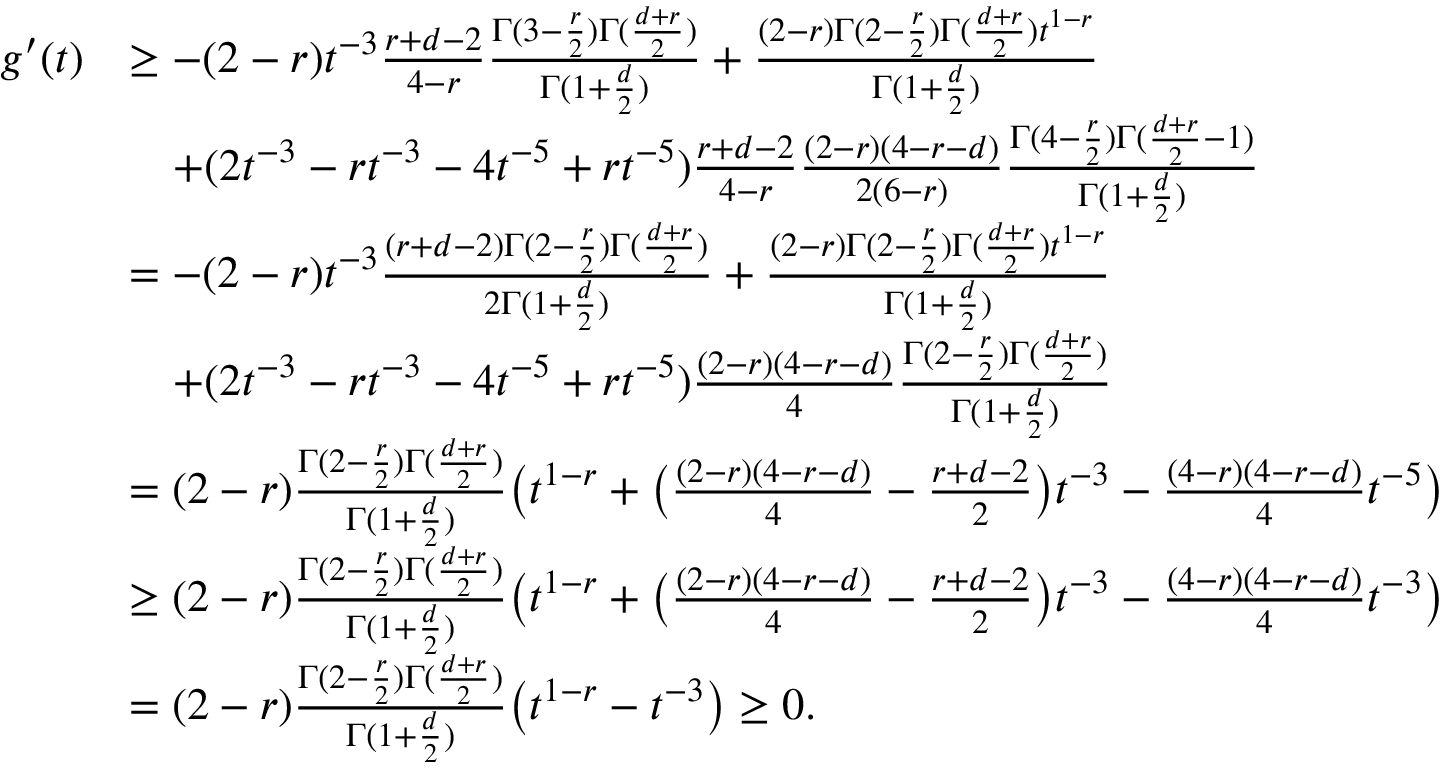
\begin{array} { r l } { g ^ { \prime } ( t ) } & { \ge - ( 2 - r ) t ^ { - 3 } \frac { r + d - 2 } { 4 - r } \frac { \Gamma ( 3 - \frac { r } { 2 } ) \Gamma ( \frac { d + r } { 2 } ) } { \Gamma ( 1 + \frac { d } { 2 } ) } + \frac { ( 2 - r ) \Gamma ( 2 - \frac { r } 2 ) \Gamma ( \frac { d + r } { 2 } ) t ^ { 1 - r } } { \Gamma ( 1 + \frac { d } { 2 } ) } } \\ & { \quad + ( 2 t ^ { - 3 } - r t ^ { - 3 } - 4 t ^ { - 5 } + r t ^ { - 5 } ) \frac { r + d - 2 } { 4 - r } \frac { ( 2 - r ) ( 4 - r - d ) } { 2 ( 6 - r ) } \frac { \Gamma ( 4 - \frac { r } { 2 } ) \Gamma ( \frac { d + r } { 2 } - 1 ) } { \Gamma ( 1 + \frac { d } { 2 } ) } } \\ & { = - ( 2 - r ) t ^ { - 3 } \frac { ( r + d - 2 ) \Gamma ( 2 - \frac { r } { 2 } ) \Gamma ( \frac { d + r } { 2 } ) } { 2 \Gamma ( 1 + \frac { d } { 2 } ) } + \frac { ( 2 - r ) \Gamma ( 2 - \frac { r } 2 ) \Gamma ( \frac { d + r } { 2 } ) t ^ { 1 - r } } { \Gamma ( 1 + \frac { d } { 2 } ) } } \\ & { \quad + ( 2 t ^ { - 3 } - r t ^ { - 3 } - 4 t ^ { - 5 } + r t ^ { - 5 } ) \frac { ( 2 - r ) ( 4 - r - d ) } { 4 } \frac { \Gamma ( 2 - \frac { r } { 2 } ) \Gamma ( \frac { d + r } { 2 } ) } { \Gamma ( 1 + \frac { d } { 2 } ) } } \\ & { = ( 2 - r ) \frac { \Gamma ( 2 - \frac { r } { 2 } ) \Gamma ( \frac { d + r } { 2 } ) } { \Gamma ( 1 + \frac { d } { 2 } ) } \bigl ( t ^ { 1 - r } + \bigl ( \frac { ( 2 - r ) ( 4 - r - d ) } { 4 } - \frac { r + d - 2 } { 2 } \bigr ) t ^ { - 3 } - \frac { ( 4 - r ) ( 4 - r - d ) } { 4 } t ^ { - 5 } \bigr ) } \\ & { \geq ( 2 - r ) \frac { \Gamma ( 2 - \frac { r } { 2 } ) \Gamma ( \frac { d + r } { 2 } ) } { \Gamma ( 1 + \frac { d } { 2 } ) } \bigl ( t ^ { 1 - r } + \bigl ( \frac { ( 2 - r ) ( 4 - r - d ) } { 4 } - \frac { r + d - 2 } { 2 } \bigr ) t ^ { - 3 } - \frac { ( 4 - r ) ( 4 - r - d ) } { 4 } t ^ { - 3 } \bigr ) } \\ & { = ( 2 - r ) \frac { \Gamma ( 2 - \frac { r } { 2 } ) \Gamma ( \frac { d + r } { 2 } ) } { \Gamma ( 1 + \frac { d } { 2 } ) } \bigl ( t ^ { 1 - r } - t ^ { - 3 } \bigr ) \geq 0 . } \end{array}